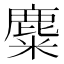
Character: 麋